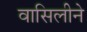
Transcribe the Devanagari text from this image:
वासिलीने